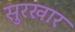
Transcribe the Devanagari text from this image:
सुरखार